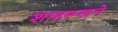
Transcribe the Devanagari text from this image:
शाहरूखने